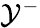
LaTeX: \mathcal{Y}^{-}